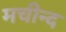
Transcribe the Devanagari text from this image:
मचीन्‍द